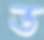
ভ